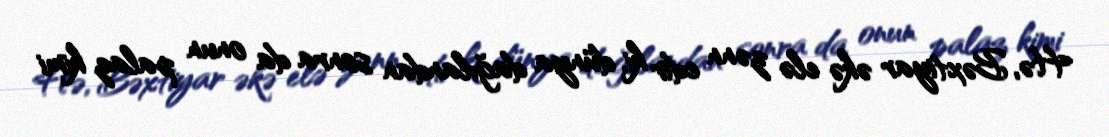
Hə, Bəxtiyar əkə elə zənn edir ki, dünya dağılandan sonra da onun palaz kimi